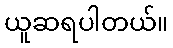
ယူဆရပါတယ်။